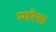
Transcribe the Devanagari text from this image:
म्यरेस